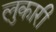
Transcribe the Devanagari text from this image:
लुकारी